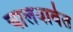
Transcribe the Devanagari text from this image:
चालवावेत